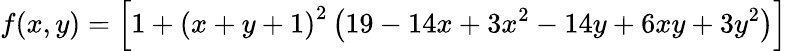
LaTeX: f(x,y)=\left[1+\left(x+y+1\right)^{2}\left(19-14x+3x^{2}-14y+6xy+3y^{2}\right)\right]